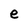
Character: e